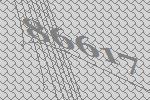
86617